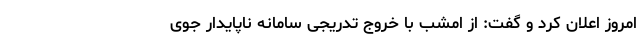
امروز اعلان کرد و گفت: از امشب با خروج تدریجی سامانه ناپایدار جوی